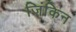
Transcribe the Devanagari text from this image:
ज़िंकिन